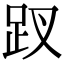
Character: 䟕